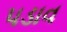
પડાવ